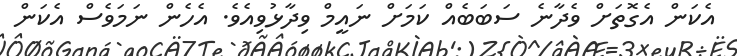
އެކަން އެގޮތަށް ވެދާނެ ސަބަބެއް ކަމަށް ނައީމް ވިދާޅުވިއެވެ. އެހެން ނަމަވެސް އެކަން